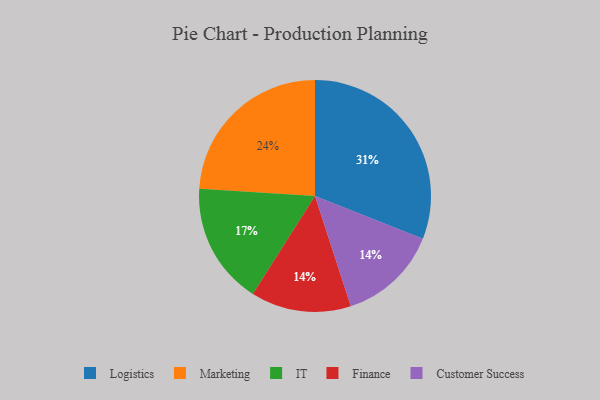
{"axis": {"x": "Category", "y": "Percentage"}, "legend": ["Customer Success", "Finance", "IT", "Logistics", "Marketing"], "data": [{"x": "Finance", "y": 14, "type": "Finance"}, {"x": "IT", "y": 17, "type": "IT"}, {"x": "Logistics", "y": 31, "type": "Logistics"}, {"x": "Marketing", "y": 24, "type": "Marketing"}, {"x": "Customer Success", "y": 14, "type": "Customer Success"}]}